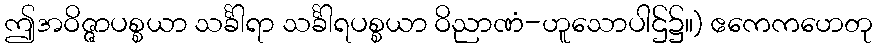
ဤအဝိဇ္ဇာပစ္စယာ သင်္ခါရာ သင်္ခါရပစ္စယာ ဝိညာဏံ-ဟူသောပါဌ်၌။) ဧကေကဟေတု